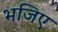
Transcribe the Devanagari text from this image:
भजिए